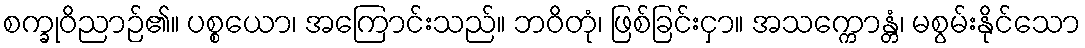
စက္ခုဝိညာဉ်၏။ ပစ္စယော၊ အကြောင်းသည်။ ဘဝိတုံ၊ ဖြစ်ခြင်းငှာ။ အသက္ကောန္တံ၊ မစွမ်းနိုင်သော